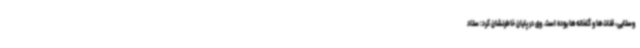
وستایی، قنات‌ها و گلخانه‌ها بوده است. وی در پایان خاطرنشان کرد: ستاد